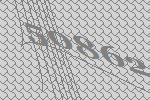
50862